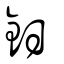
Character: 鈤